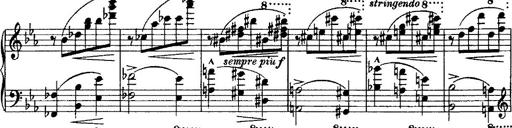
Title: Grande valse di bravura
Composer: Franz Liszt